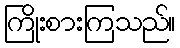
ကြိုးစားကြသည်။